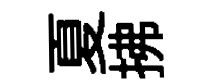
夏拂